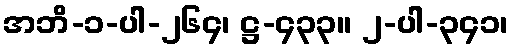
အဘိ-၁-ပါ-၂၆၄၊ ဋ္ဌ-၄၃၃။ ၂-ပါ-၃၄၁၊